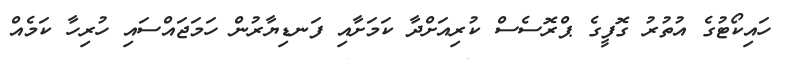
ހައިކޯޓުގެ އުތުރު ގޮފީގެ ޕްރޮސެސް ކުރިއަށްދާ ކަމަށާއި ފަނޑިޔާރުން ހަމަޖައްސައި ހުރިހާ ކަމެއް